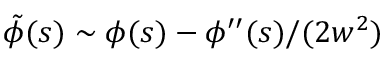
\tilde { \phi } ( s ) \sim \phi ( s ) - \phi ^ { \prime \prime } ( s ) / ( 2 w ^ { 2 } )